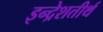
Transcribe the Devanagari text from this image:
इन्द्रेशतीर्थ